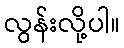
လွန်းလို့ပါ။